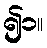
၍၁။